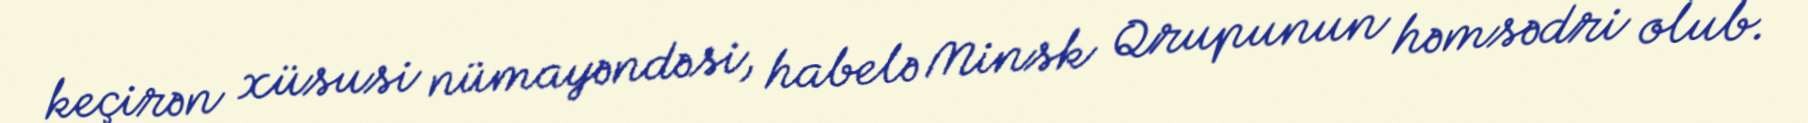
keçirən xüsusi nümayəndəsi, habelə Minsk Qrupunun həmsədri olub.